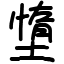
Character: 墯